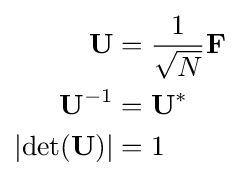
{\begin{aligned}\mathbf {U} &={\frac {1}{\sqrt {N}}}\mathbf {F} \\\mathbf {U} ^{-1}&=\mathbf {U} ^{*}\\\left|\det(\mathbf {U} )\right|&=1\end{aligned}}